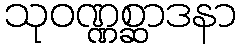
သုဝဏ္ဏစ္ဆာဒနာ